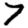
Digit: 7